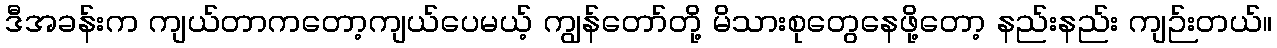
ဒီအခန်းက ကျယ်တာကတော့ကျယ်ပေမယ့် ကျွန်တော်တို့ မိသားစုတွေနေဖို့တော့ နည်းနည်း ကျဉ်းတယ်။